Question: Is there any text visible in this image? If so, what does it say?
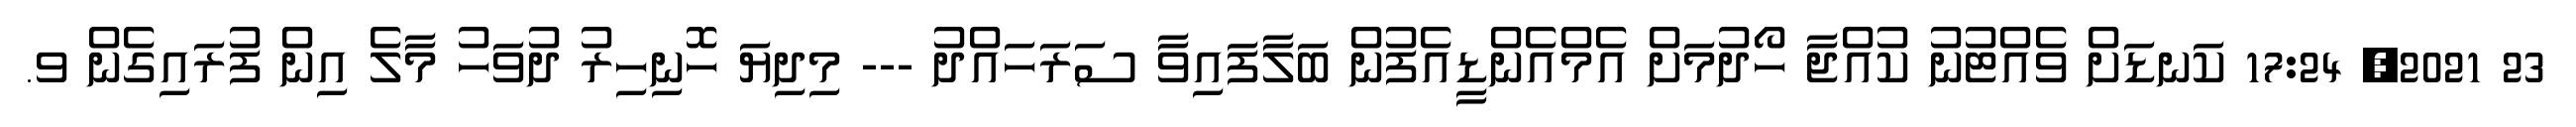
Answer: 23 2021, 17:24 ކަނޑަށް ވެއްޓުނު ކުއްޖާ ހޯދުމަށް އެމްއެންޑީއެފުން ބަލާފައިވާ ސަރަހައްދު --- މިދިޔަ ހޮނިހިރު ދުވަހު މާލެ އިން ފުރައިގެން ވ.